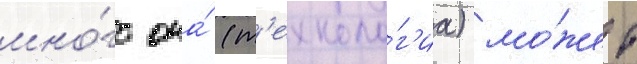
мно́го она́ (т'ехноло́г'иа) мо́жет